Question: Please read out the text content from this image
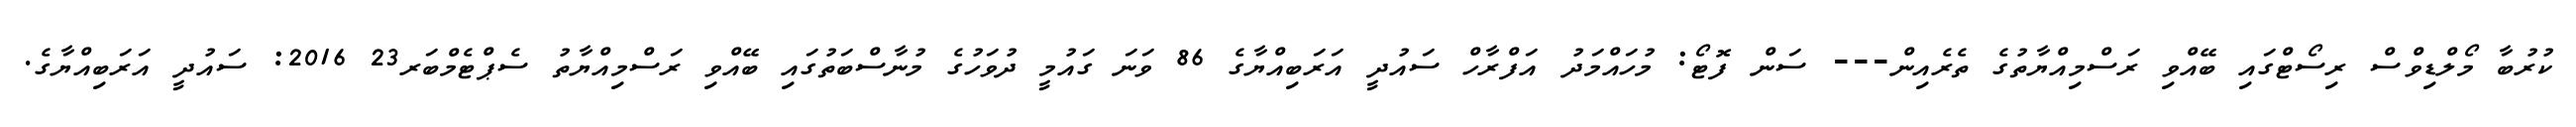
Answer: ކުރުބާ މޯލްޑިވްސް ރިސޯޓްގައި ބޭއްވި ރަސްމިއްޔާތުގެ ތެރެއިން--- ސަން ފޮޓޯ: މުހައްމަދު އަފްރާހް ސައުދީ އަރަބިއްޔާގެ 86 ވަނަ ގައުމީ ދުވަހުގެ މުނާސްބަތުގައި ބޭއްވި ރަސްމިއްޔާތު ސެޕްޓެމްބަރ23 2016: ސައުދީ އަރަބިއްޔާގެ.